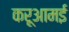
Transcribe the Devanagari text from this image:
करूआमई